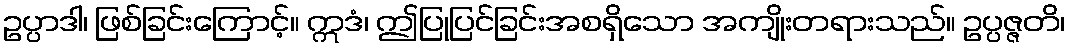
ဥပ္ပာဒါ၊ ဖြစ်ခြင်းကြောင့်။ ဣဒံ၊ ဤပြုပြင်ခြင်းအစရှိသော အကျိုးတရားသည်။ ဥပ္ပဇ္ဇတိ၊